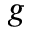
g